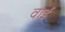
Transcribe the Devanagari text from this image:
वाईं